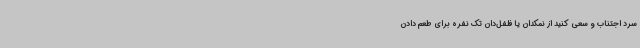
سرد اجتناب و سعی کنید از نمکدان یا فلفل‌دان تک نفره برای طعم دادن